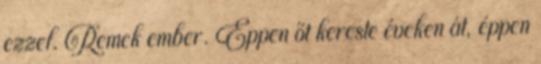
ezzel. Remek ember. Éppen őt kereste éveken át, éppen